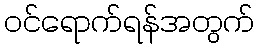
ဝင်ရောက်ရန်အတွက်